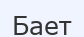
Бает